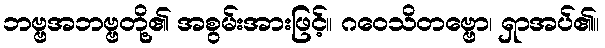
ဘဗ္ဗအဘဗ္ဗတို့၏ အစွမ်းအားဖြင့်။ ဂဝေသိတဗ္ဗော၊ ရှာအပ်၏။